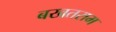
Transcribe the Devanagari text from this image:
बखतराम